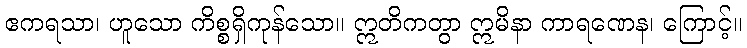
ဧကရသာ၊ ဟူသော ကိစ္စရှိကုန်သော။ ဣတိကတွာ ဣမိနာ ကာရဏေန၊ ကြောင့်။